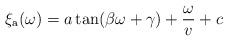
LaTeX: \begin{align*}\xi_{\rm a} (\omega) = a \tan (\beta \omega + \gamma) + \frac{\omega}{v} + c\end{align*}